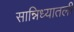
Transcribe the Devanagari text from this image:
सान्निध्यातली